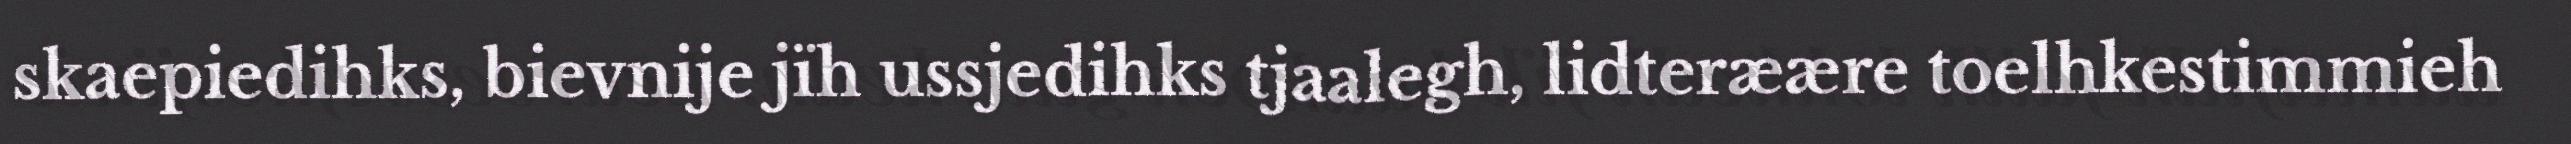
skaepiedihks, bievnije jïh ussjedihks tjaalegh, lidteræære toelhkestimmieh